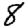
Digit: 8